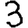
Digit: 3